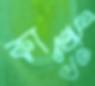
কাইং